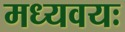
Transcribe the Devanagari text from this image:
मध्यवयः